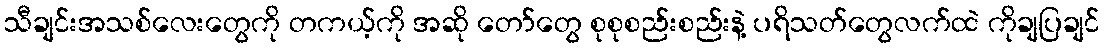
သီချင်းအသစ်လေးတွေကို တကယ့်ကို အဆို တော်တွေ စုစုစည်းစည်းနဲ့ ပရိသတ်တွေလက်ထဲ ကိုချပြချင်